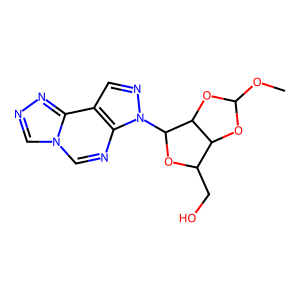
SMILES: COC1OC2C(CO)OC(n3ncc4c3ncn3cnnc43)C2O1
Inhibits HIV replication: No